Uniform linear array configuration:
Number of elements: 24
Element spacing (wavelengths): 0.5
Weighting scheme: exponential
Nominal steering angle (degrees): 60
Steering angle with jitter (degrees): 59.881
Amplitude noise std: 0.05
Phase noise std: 0.05

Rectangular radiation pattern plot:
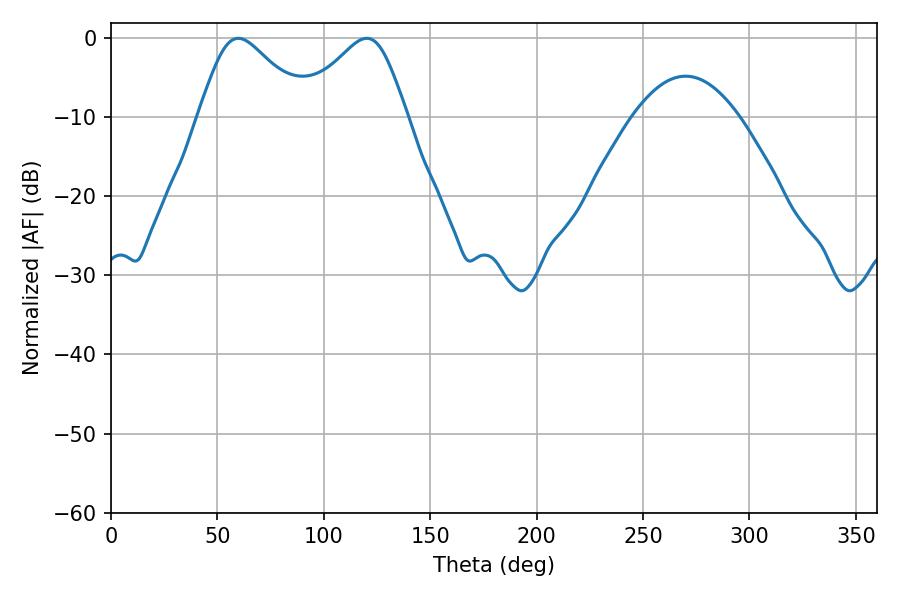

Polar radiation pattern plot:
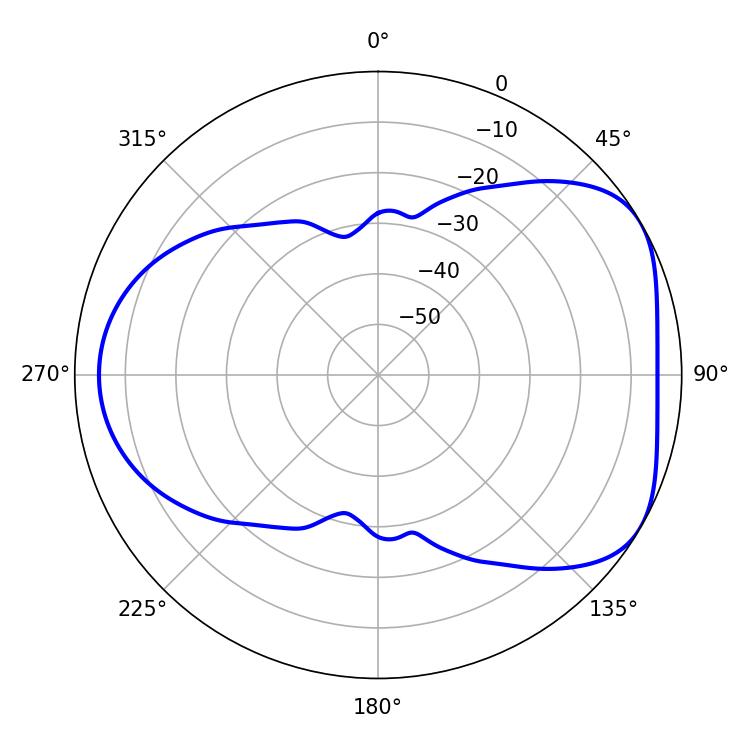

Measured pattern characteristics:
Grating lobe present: FALSE
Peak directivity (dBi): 4.876
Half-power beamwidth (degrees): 25.2
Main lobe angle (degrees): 59.76